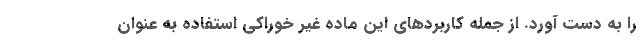
را به دست آورد. از جمله کاربردهای این ماده غیر خوراکی استفاده به عنوان